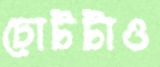
চোটটাও